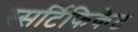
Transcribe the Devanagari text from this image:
स्सर्टिफिकेट